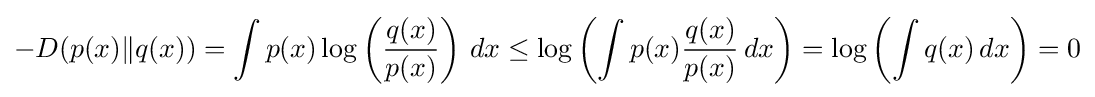
-D(p(x)\|q(x))=\int p(x)\log \left({\frac {q(x)}{p(x)}}\right)\,dx\leq \log \left(\int p(x){\frac {q(x)}{p(x)}}\,dx\right)=\log \left(\int q(x)\,dx\right)=0